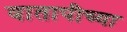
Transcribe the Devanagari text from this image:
वातापीच्या